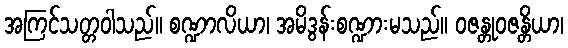
အကြင်သတ္တဝါသည်။ စဏ္ဍာလိယာ၊ အမိဒွန်းစဏ္ဍားမသည်။ ဝဇန္တုဝဇန္တိယာ၊